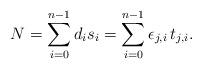
LaTeX: \begin{align*} N = \sum_{i=0}^{n-1} d_i s_i = \sum_{i=0}^{n-1} \epsilon_{j,i} \,t_{j,i}.\end{align*}